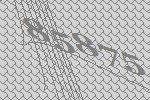
85875